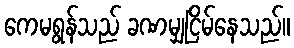
ကေမရွန်သည် ခဏမျှငြိမ်နေသည်။